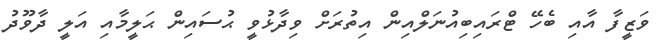
ވަޒީފާ އާއި ބެހޭ ޓްރައިބިއުނަލްއިން އިތުރަށް ވިދާޅުވީ ޙުސައިން ޙަލީމާއި އަލީ ދާވޫދު